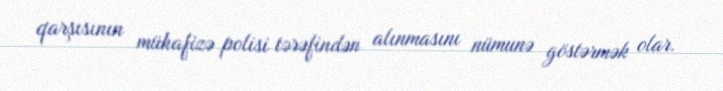
qarşısının mühafizə polisi tərəfindən alınmasını nümunə göstərmək olar.